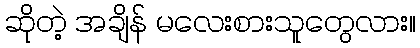
ဆိုတဲ့ အချိန် မလေးစားသူတွေလား။